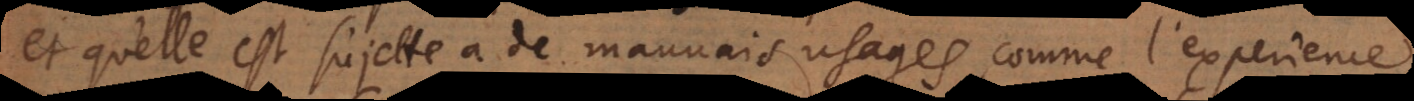
et qu’elle est sujette à de mauvais usages, comme l’experience